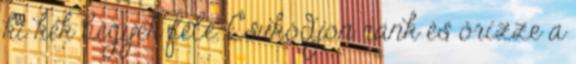
ki kék hegyek felé. Csukódjon ránk és őrizze a